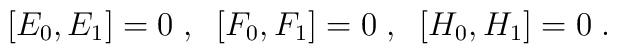
\\ \,[E_{0},E_{1}]  =  0 \;,\;\;   [F_{0},F_{1}]  =  0 \;,\;\;  [H_{0},H_{1}]  =  0\;.